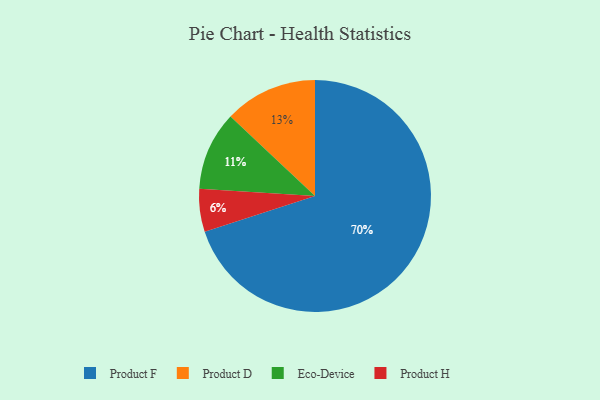
{"axis": {"x": "Category", "y": "Percentage"}, "legend": ["Eco-Device", "Product D", "Product F", "Product H"], "data": [{"x": "Eco-Device", "y": 11, "type": "Eco-Device"}, {"x": "Product F", "y": 70, "type": "Product F"}, {"x": "Product H", "y": 6, "type": "Product H"}, {"x": "Product D", "y": 13, "type": "Product D"}]}